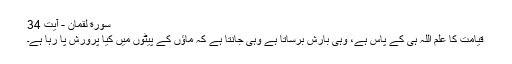
سورة لقمان - آیت 34
قیامت کا علم اللہ ہی کے پاس ہے، وہی بارش برساتا ہے وہی جانتا ہے کہ ماؤں کے پیٹوں میں کیا پرورش پا رہا ہے۔